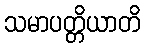
သမာပတ္တိယာတိ